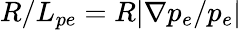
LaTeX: R/L_{pe}=R|\nabla p_{e}/p_{e}|